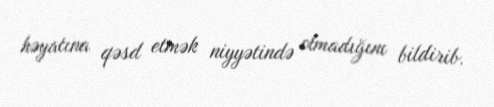
həyatına qəsd etmək niyyətində olmadığını bildirib.